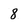
Character: 8